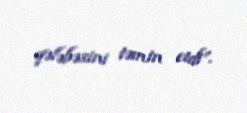
qələbəsini təmin etdi”.